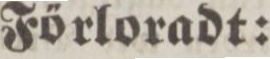
Förloradt: